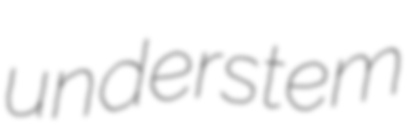
understem